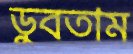
ডুবতাম